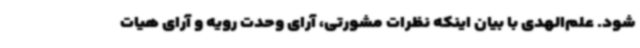
شود. علم‌الهدی با بیان اینکه نظرات مشورتی، آرای وحدت رویه و آرای هیات